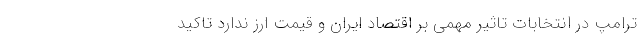
ترامپ در انتخابات تاثیر مهمی بر اقتصاد ایران و قیمت ارز ندارد تاکید